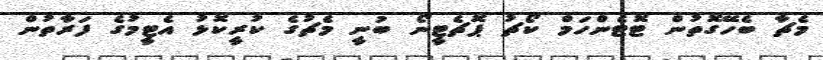
މެޗާ ބެހޭގޮތުން ޓޮޓެންހަމް ކޯޗު ޕޮޗެޓީނޯ ބުނީ މެޗުގެ ކުރީކޮޅު އެޓީމުގެ ފަރާތުން